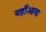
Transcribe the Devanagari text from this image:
यहाँआया